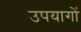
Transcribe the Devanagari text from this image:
उपयागों